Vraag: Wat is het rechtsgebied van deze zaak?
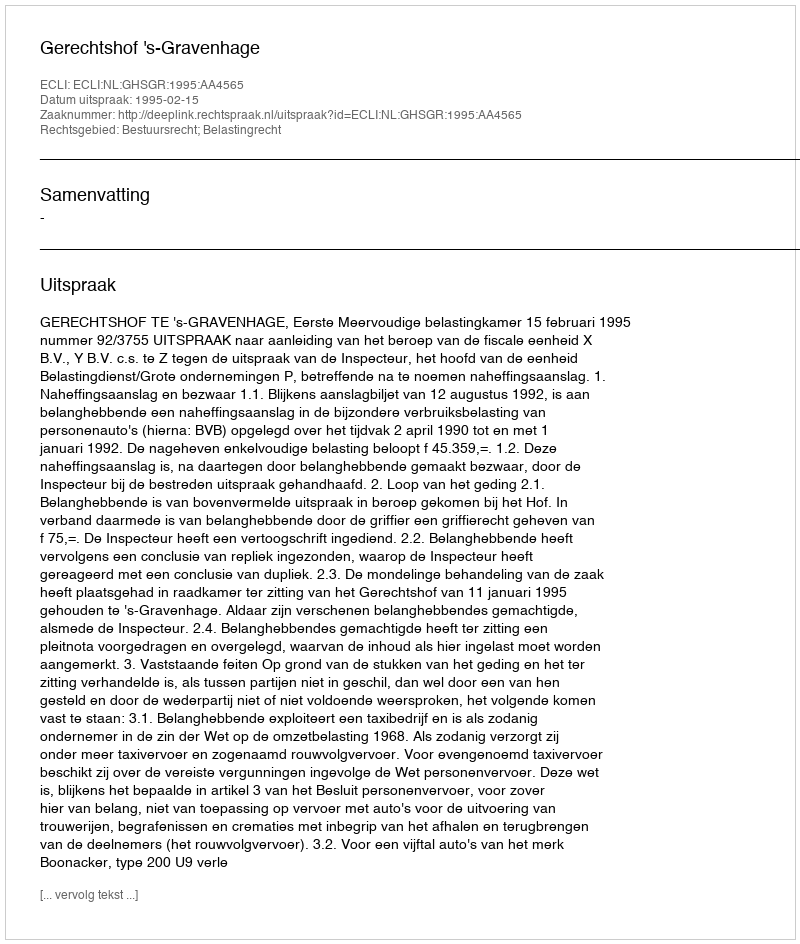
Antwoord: Bestuursrecht; Belastingrecht